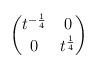
LaTeX: \begin{align*}\begin{pmatrix}t^{-\frac{1}{4}} & 0 \\0 & t^{\frac{1}{4}}\end{pmatrix}\end{align*}